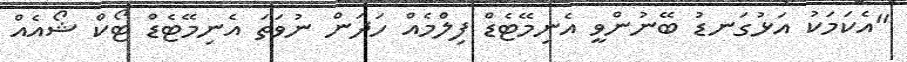
"އެކަމަކު އަޅުގަނޑު ބޭނުންވީ އެނިމޭޓެޑް ފިލްމެއް ހަދަން ނުވަތަ އެނިމޭޓެޑް ޓޯކް ޝޯއެއް